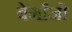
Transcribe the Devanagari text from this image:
बेर्गांजो